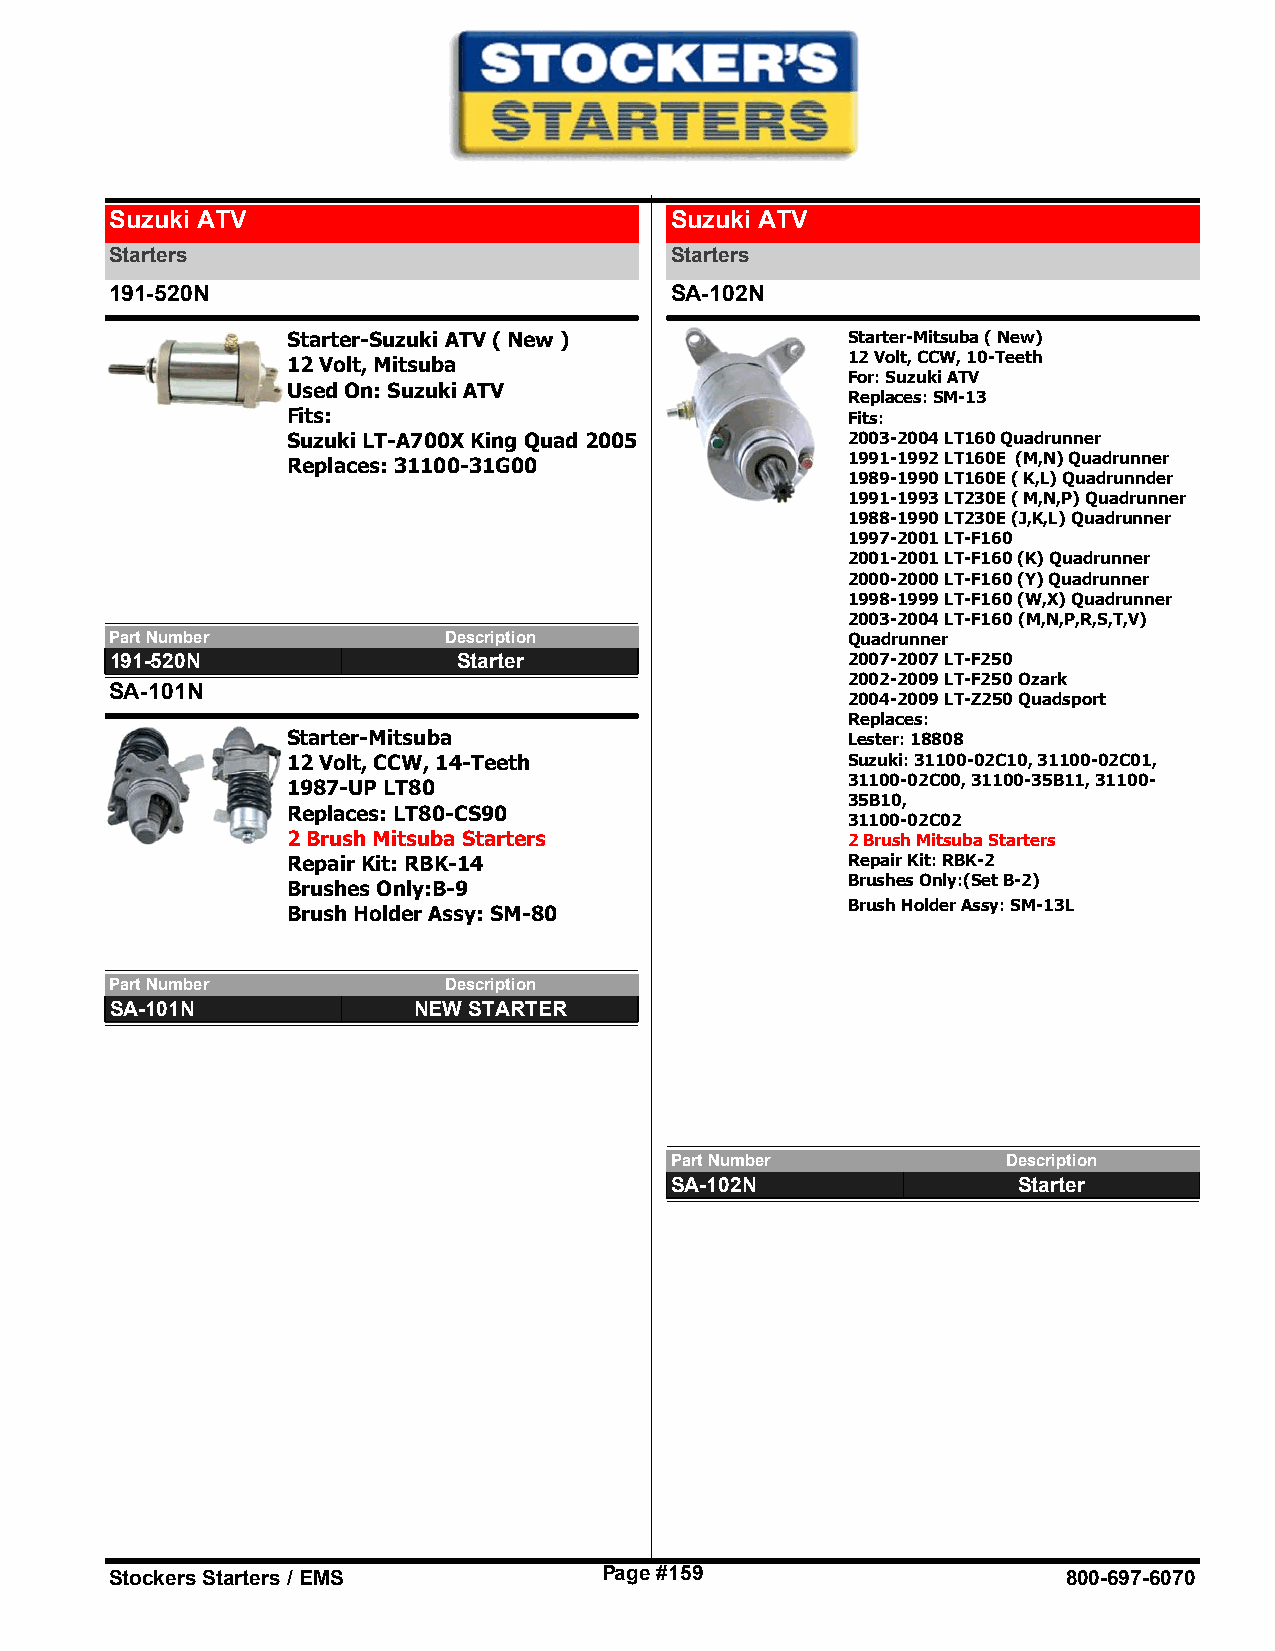
Suzuki ATV                           Suzuki ATV
 Starters                             Starters
 191-520N                             SA-102N
 Starter-Suzuki ATV ( New )           Starter-Mitsuba ( New)
 12 Volt, CCW, 10-Teeth
 12 Volt, Mitsuba
 For: Suzuki ATV
 Used On: Suzuki ATV
 Replaces: SM-13
 Fits:                                Fits:
 Suzuki LT-A700X King Quad 2005       2003-2004 LT160 Quadrunner
 1991-1992 LT160E (M,N) Quadrunner
 Replaces: 31100-31G00
 1989-1990 LT160E ( K,L) Quadrunnder
 1991-1993 LT230E ( M,N,P) Quadrunner
 1988-1990 LT230E (J,K,L) Quadrunner
 1997-2001 LT-F160
 2001-2001 LT-F160 (K) Quadrunner
 2000-2000 LT-F160 (Y) Quadrunner
 1998-1999 LT-F160 (W,X) Quadrunner
 2003-2004 LT-F160 (M,N,P,R,S,T,V)
 Part Number           Description                Quadrunner
 191-520N               Starter                   2007-2007 LT-F250
 2002-2009 LT-F250 Ozark
 SA-101N
 2004-2009 LT-Z250 Quadsport
 Replaces:
 Starter-Mitsuba                      Lester: 18808
 12 Volt, CCW, 14-Teeth               Suzuki: 31100-02C10, 31100-02C01,
 31100-02C00, 31100-35B11, 31100-
 1987-UP LT80
 35B10,
 Replaces: LT80-CS90
 31100-02C02
 2 Brush Mitsuba Starters             2 Brush Mitsuba Starters
 Repair Kit: RBK-14                   Repair Kit: RBK-2
 Brushes Only:(Set B-2)
 Brushes Only:B-9
 Brush Holder Assy: SM-13L
 Brush Holder Assy: SM-80
 Part Number           Description
 SA-101N             NEW STARTER
 Part Number            Description
 SA-102N                Starter
 Stockers Starters / EMS          Page #159                      800-697-6070